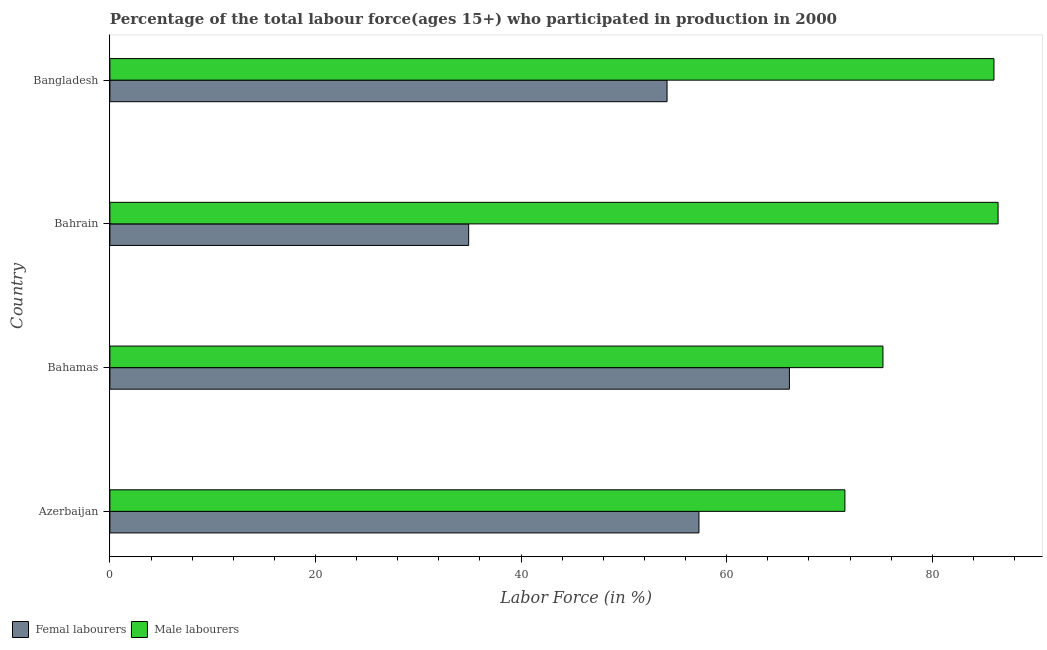
| Country | Femal labourers | Male labourers |
 | --- | --- | --- |
 | Azerbaijan | 57.3 | 71.5 |
 | Bahamas | 66.1 | 75.2 |
 | Bahrain | 34.9 | 86.4 |
 | Bangladesh | 54.2 | 86 |